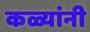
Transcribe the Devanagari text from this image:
कळ्यांनी